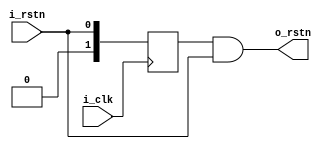
`timescale 1ns / 1ps 

`default_nettype none
module rst_syn(
    i_clk,
    i_rstn,
    o_rstn
);

input  wire i_clk;
input  wire i_rstn;
output wire  o_rstn;



reg [1:0] rstn_syn;

`ifdef FPGA

always @(posedge i_clk or negedge i_rstn) begin
    if(!i_rstn) 
        rstn_syn[1:0] <= 2'b11;
    else 
        rstn_syn[1:0] <= {rstn_syn[0],1'b1}
end
assign o_rstn = rstn_syn;

`else 

always @(posedge i_clk) begin
    rstn_syn <= i_rstn;
end
assign o_rstn = rstn_syn && i_rstn;

`endif








endmodule

`default_nettype wire